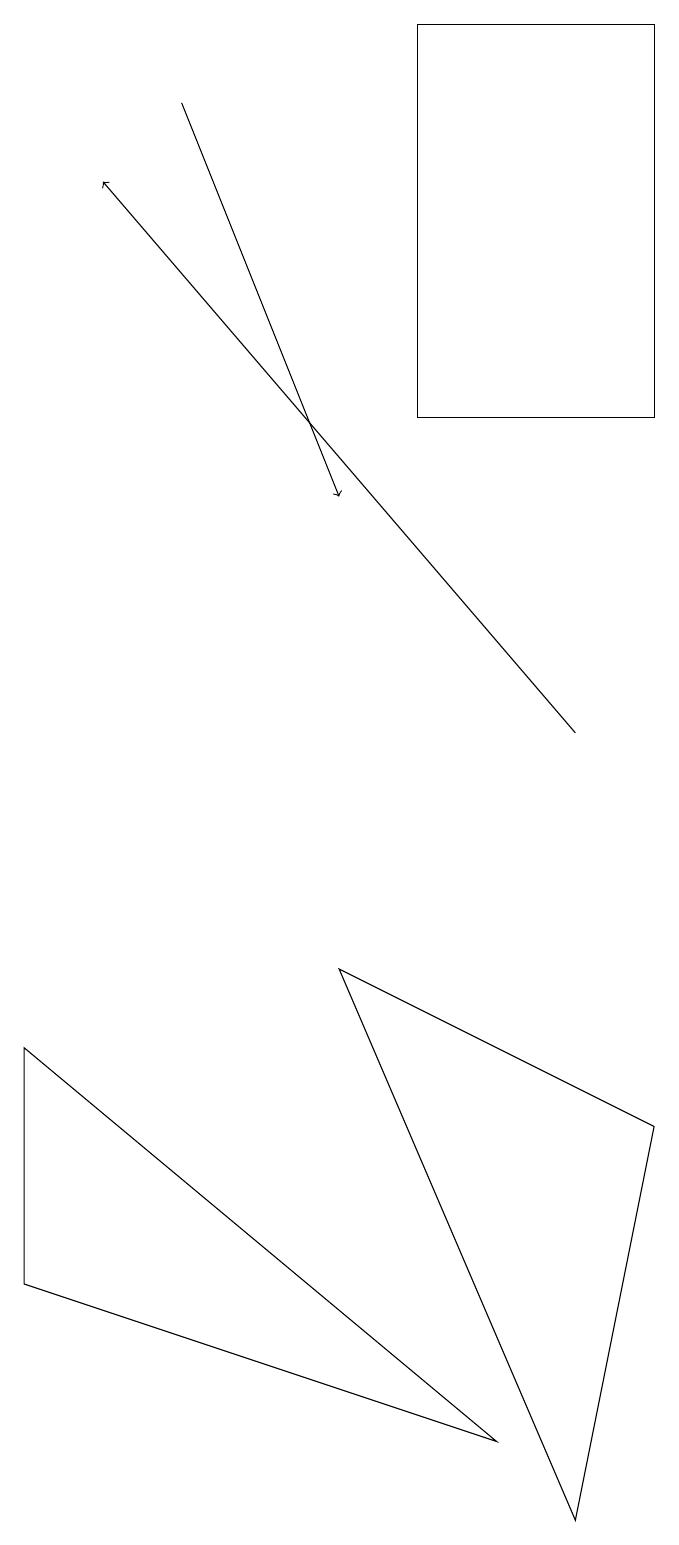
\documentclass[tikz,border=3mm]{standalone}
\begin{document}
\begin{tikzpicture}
\draw (7,1) -- (1,6) -- (1,3) -- cycle;
\draw (5,7) -- (8,0) -- (9,5) -- cycle;
\draw[->] (8,10) -- (2,17);
\draw (6,14) rectangle (9,19);
\draw[->] (3,18) -- (5,13);
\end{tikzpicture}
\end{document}